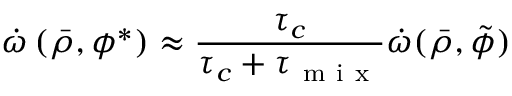
\dot { \omega } \left( \bar { \rho } , \phi ^ { * } \right) \approx \frac { \tau _ { c } } { \tau _ { c } + \tau _ { \mathrm { ~ m ~ i ~ x ~ } } } \dot { \omega } ( \bar { \rho } , \tilde { \phi } )